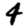
Digit: 4